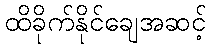
ထိခိုက်နိုင်ချေအဆင့်